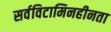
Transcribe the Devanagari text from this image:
सर्वविटामिनहीनता